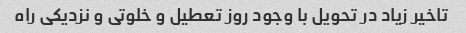
تاخیر زیاد در تحویل با وجود روز تعطیل و خلوتی و نزدیکی راه